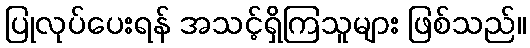
ပြုလုပ်ပေးရန် အသင့်ရှိကြသူများ ဖြစ်သည်။